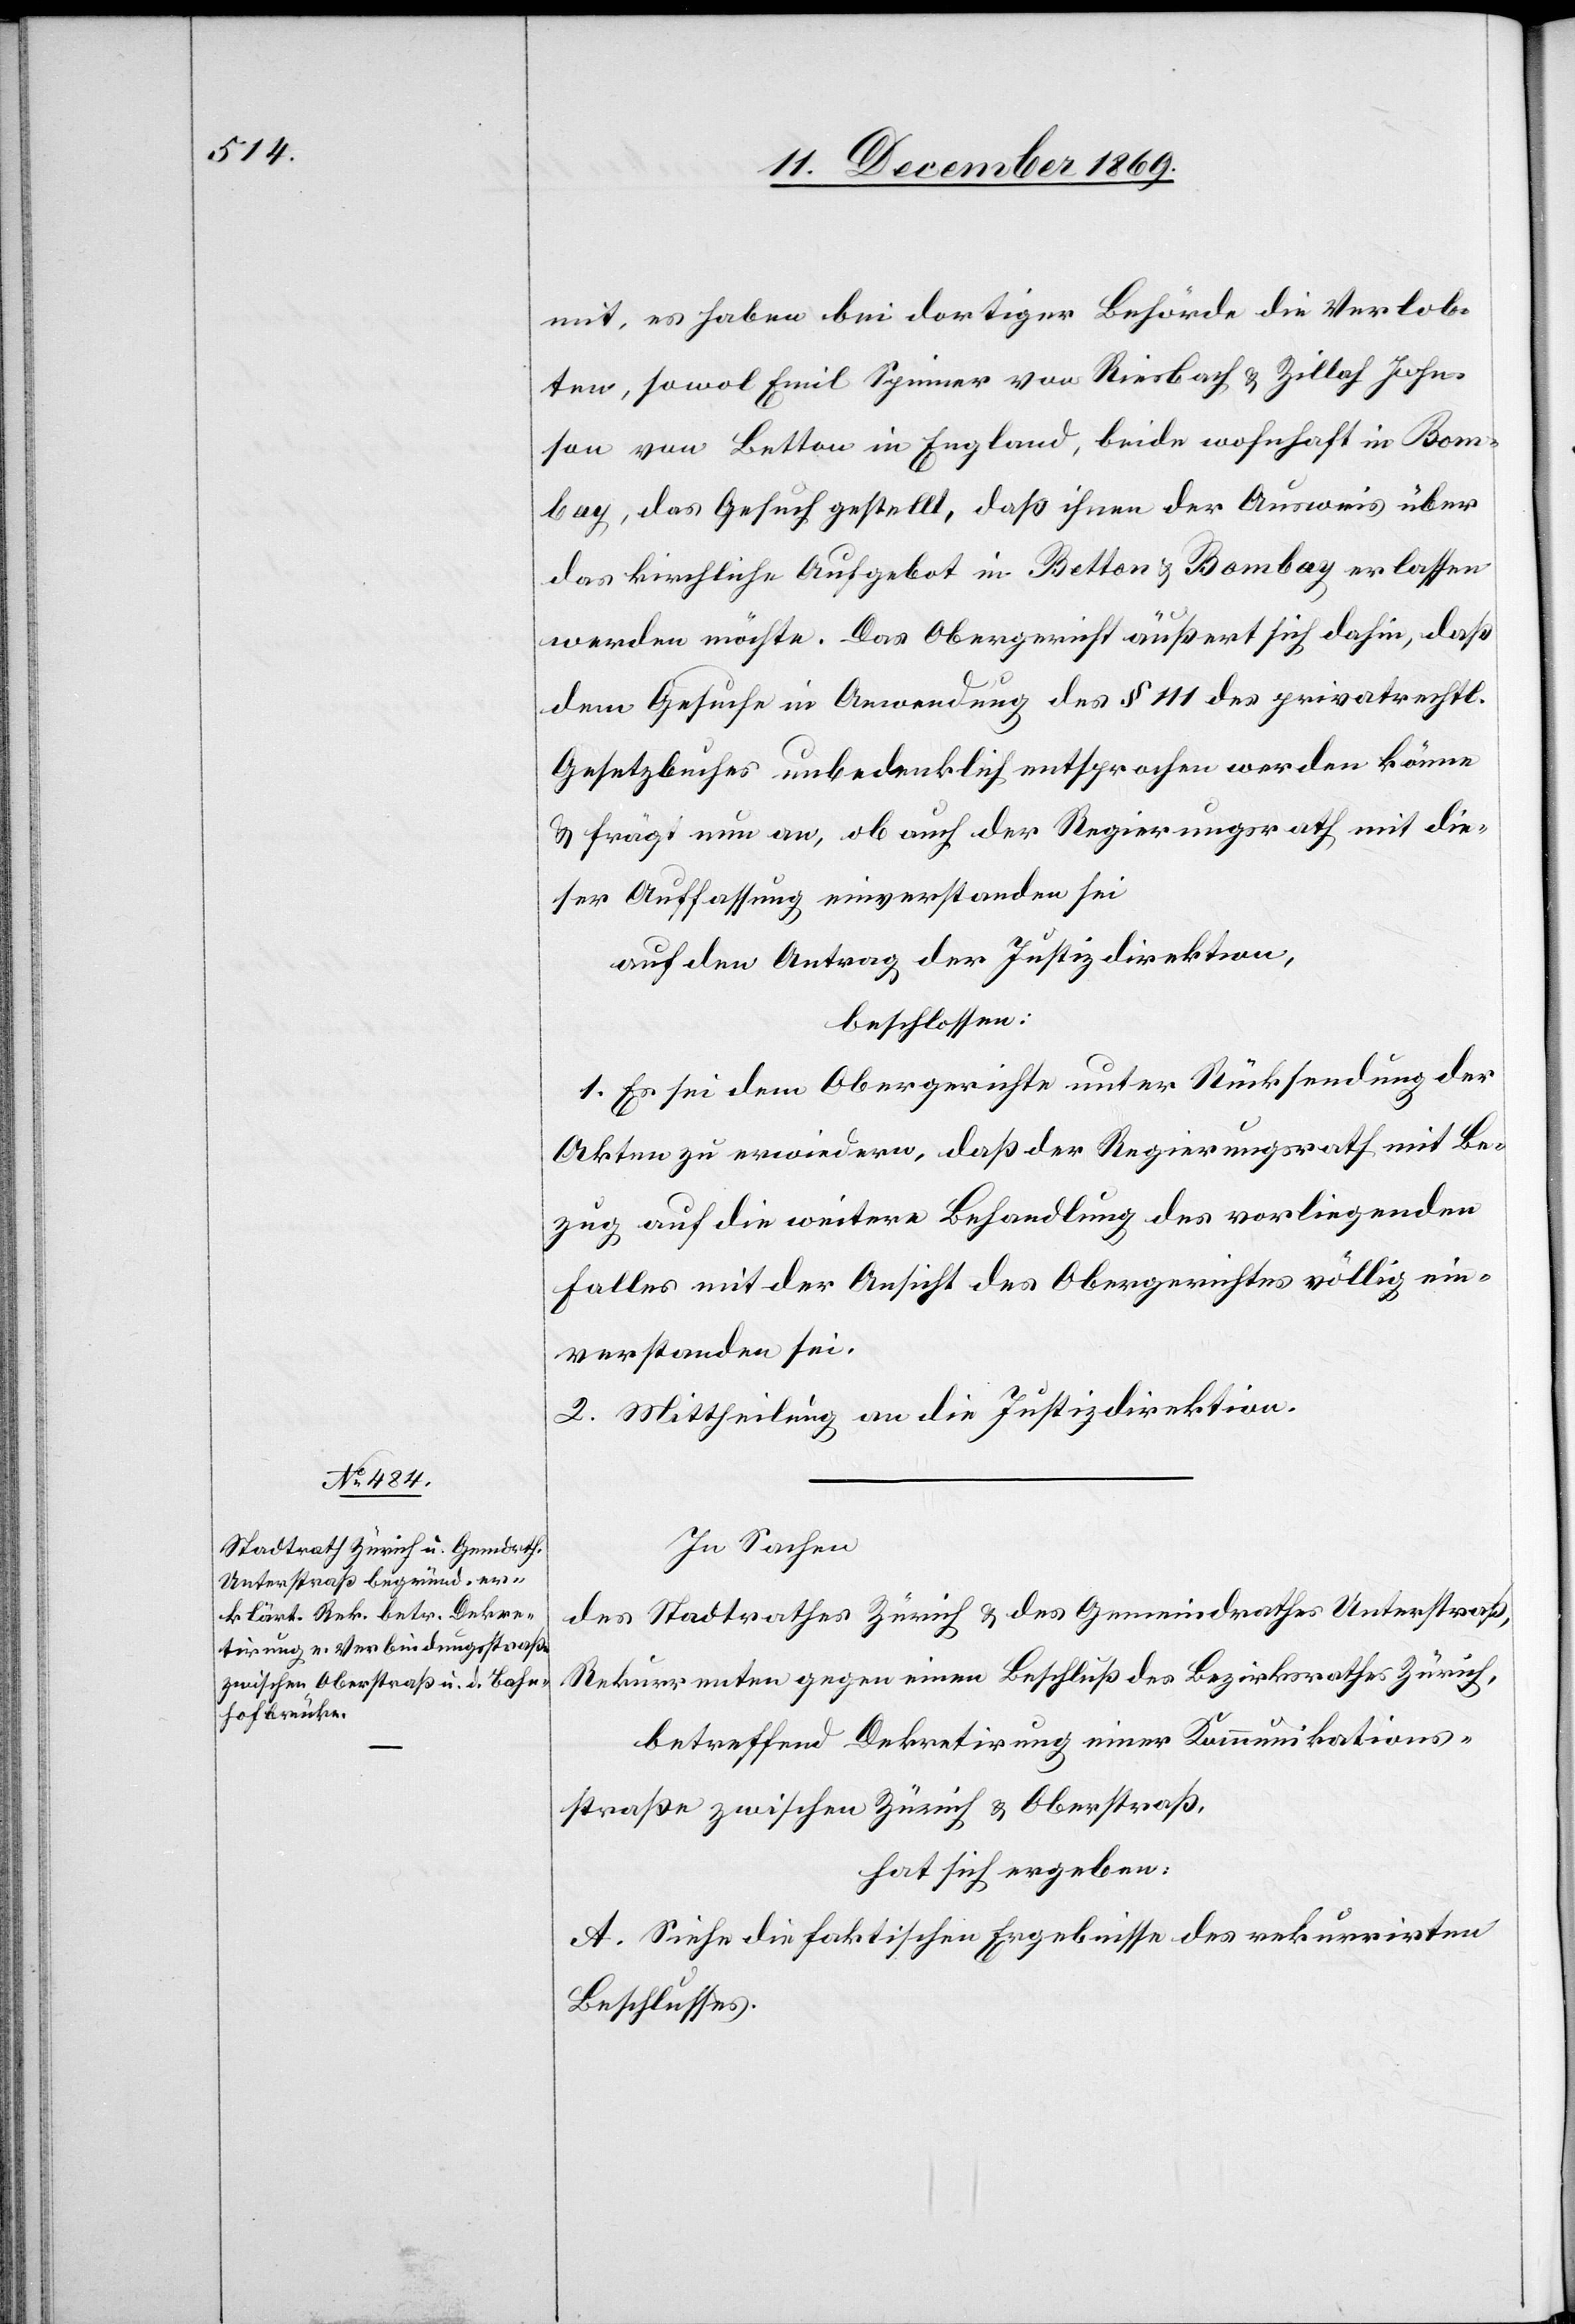
mit, es haben bei dortiger Behörde die Verlob¬
ten, sowol Emil Spinner von Riesbach & Zillah John¬
son von Betton in England, beide wohnhaft in Bom¬
bay, das Gesuch gestellt, daß ihnen der Ausweis über
das kirchliche Aufgebot in Betton & Bombay erlassen
werden möchte. Das Obergericht äußert sich dahin, daß
dem Gesuche in Anwendung des § 111 des privatrechtl.
Gesetzbuches unbedenklich entsprochen werden könne
& frägt nun an, ob auch der Regierungsrath mit die¬
ser Auffassung einverstanden sei
auf den Antrag der Justizdirektion,
beschlossen:
1. Es sei dem Obergerichte unter Rücksendung der
Akten zu erwiedern, daß der Regierungsrath mit Be¬
zug auf die weitere Behandlung des vorliegenden
Falles mit der Ansicht des Obergerichtes völlig ein¬
verstanden sei.
2. Mittheilung an die Justizdirektion.
In Sachen
des Stadtrathes Zürich & des Gemeindrathes Unterstraß,
Rekurrenten gegen einen Beschluß des Bezirksrathes Zürich,
betreffend Dekretirung einer Kommunikations¬
straße zwischen Zürich & Oberstraß,
hat sich ergeben:
A. Siehe die faktischen Ergebnisse des rekurrirten
Beschlusses.